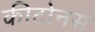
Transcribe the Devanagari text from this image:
कीटोनस